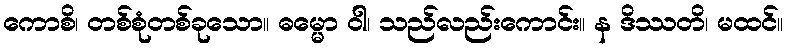
ကောစိ၊ တစ်စုံတစ်ခုသော။ ဓမ္မော ဝါ၊ သည်လည်းကောင်း။ န ဒိဿတိ၊ မထင်။